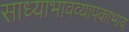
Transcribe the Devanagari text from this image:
साध्याभावव्यापकाभाव